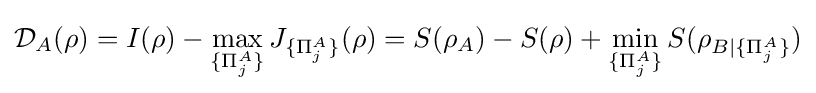
{\mathcal {D}}_{A}(\rho )=I(\rho )-\max _{\{\Pi _{j}^{A}\}}J_{\{\Pi _{j}^{A}\}}(\rho )=S(\rho _{A})-S(\rho )+\min _{\{\Pi _{j}^{A}\}}S(\rho _{B|\{\Pi _{j}^{A}\}})